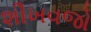
શીખવજો